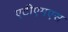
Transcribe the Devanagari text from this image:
एटीएमएस